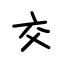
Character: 交